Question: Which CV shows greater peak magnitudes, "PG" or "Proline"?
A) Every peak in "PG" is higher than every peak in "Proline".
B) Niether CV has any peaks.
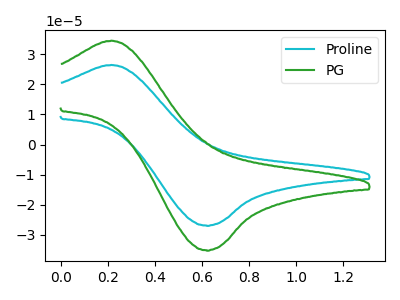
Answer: <think>The cyan curve "Proline" has an anodic peak at (0.20V, 26.45uA) and a cathodic peak at (0.60V, -26.90uA). The green curve "PG" has an anodic peak at (0.20V, 34.50uA) and a cathodic peak at (0.60V, -35.10uA).</think>
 <answer>A) Every peak in "PG" is higher than every peak in "Proline".</answer>
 <eval>A</eval>